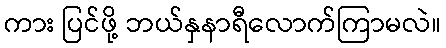
ကား ပြင်ဖို့ ဘယ်နှနာရီလောက်ကြာမလဲ။